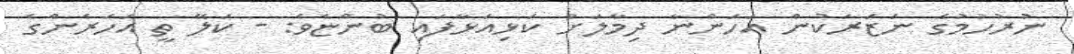
ނުރުހުމުގެ ނަޒަރަކުން އަހަންނާ ދިމާލަށް ކަޅިއަޅާފައި ބުންޏެވެ: - ކަލޭ ތީ އަހަރެންގެ